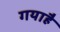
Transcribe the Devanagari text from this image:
गयाहै